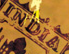
INDIA